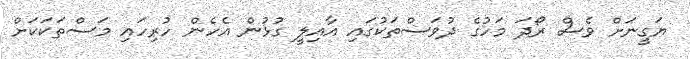
ޔަގީނަށް ވެސް ރޯދަ މަހުގެ ދުވަސްތަކުގައި އާއިލީ ގުޅުން އެހެން ހުރިހައި މަސްތަކަކަށް